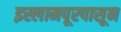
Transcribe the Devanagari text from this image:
इस्लामपूरपासून